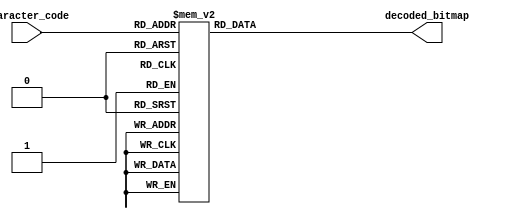
/* ------------------------------------------------ *
 * Title       : Pmod OLED decoders                 *
 * Project     : Pmod Collection                    *
 * ------------------------------------------------ *
 * Last Edit   : 17/06/2021                         *
 * Licence     : CERN-OHL-W                         *
 * ------------------------------------------------ *
 * Description : Simple interface to communicate    *
 *               with Pmod OLED                     *
 * ------------------------------------------------ */

/* ------------------------------------- *
 *            | row0 |
 *  8x8 char: |   :  |
 *            | row7 |
 * decoded_bitmap = {row0,row1,...,row7}
 * ------------------------------------- */
//* Converts a 8 bit code in to 8x8 bit array with ilimunated pixels high
module oled_decoder(
  input [7:0] character_code,
  output reg [63:0] decoded_bitmap);
  localparam    space = 8'h00,
          exclamation = 8'h01,
                 quot = 8'h02,
             hash_tag = 8'h03,
               dollar = 8'h04,
              percent = 8'h05,
            ampersand = 8'h06,
           apostrophe = 8'h07,
     parenthesis_open = 8'h08,
    parenthesis_close = 8'h09,
              asterix = 8'h0a,
                 plus = 8'h0b,
                comma = 8'h0c,
                minus = 8'h0d,
                  dot = 8'h0e,
                slash = 8'h0f,
                 zero = 8'h10,
                  one = 8'h11,
                  two = 8'h12,
                three = 8'h13,
                 four = 8'h14,
                 five = 8'h15,
                  six = 8'h16,
                seven = 8'h17,
                eight = 8'h18,
                 nine = 8'h19,
                colon = 8'h1a,
           semi_colon = 8'h1b,
          little_than = 8'h1c,
                equal = 8'h1d,
         greater_than = 8'h1e,
             question = 8'h1f,
              at_sign = 8'h20,
                A_cap = 8'h21,
                B_cap = 8'h22,
                C_cap = 8'h23,
                D_cap = 8'h24,
                E_cap = 8'h25,
                F_cap = 8'h26,
                G_cap = 8'h27,
                H_cap = 8'h28,
                I_cap = 8'h29,
                J_cap = 8'h2a,
                K_cap = 8'h2b,
                L_cap = 8'h2c,
                M_cap = 8'h2d,
                N_cap = 8'h2e,
                O_cap = 8'h2f,
                P_cap = 8'h30,
                Q_cap = 8'h31,
                R_cap = 8'h32,
                S_cap = 8'h33,
                T_cap = 8'h34,
                U_cap = 8'h35,
                V_cap = 8'h36,
                W_cap = 8'h37,
                X_cap = 8'h38,
                Y_cap = 8'h39,
                Z_cap = 8'h3a,
       square_br_open = 8'h3b,
            backslash = 8'h3c,
      square_br_close = 8'h3d,
                  hat = 8'h3e,
           underscore = 8'h3f,
            grave_acc = 8'h40,
                a_low = 8'h41,
                b_low = 8'h42,
                c_low = 8'h43,
                d_low = 8'h44,
                e_low = 8'h45,
                f_low = 8'h46,
                g_low = 8'h47,
                h_low = 8'h48,
                i_low = 8'h49,
                j_low = 8'h4a,
                k_low = 8'h4b,
                l_low = 8'h4c,
                m_low = 8'h4d,
                n_low = 8'h4e,
                o_low = 8'h4f,
                p_low = 8'h50,
                q_low = 8'h51,
                r_low = 8'h52,
                s_low = 8'h53,
                t_low = 8'h54,
                u_low = 8'h55,
                v_low = 8'h56,
                w_low = 8'h57,
                x_low = 8'h58,
                y_low = 8'h59,
                z_low = 8'h5a,
           curly_open = 8'h5b,
                v_bar = 8'h5c,
          curly_close = 8'h5d,
                tilde = 8'h5e,
               big_sq = 8'h5f,
                 euro = 8'h60,
                degre = 8'h61,
            softG_cap = 8'h62,
              Ind_cap = 8'h63,
             Udot_cap = 8'h64,
             Odot_cap = 8'h65,
              Aum_cap = 8'h66,
               Ch_cap = 8'h67,
              Sch_cap = 8'h68,
             Ahat_cap = 8'h69,
            softG_low = 8'h6a,
              Ind_low = 8'h6b,
             Udot_low = 8'h6c,
             Odot_low = 8'h6d,
              Aum_low = 8'h6e,
               Ch_low = 8'h6f,
              Sch_low = 8'h70,
             Ahat_low = 8'h71,
                   tm = 8'h72,
                pound = 8'h73,
               plusmn = 8'h74,
                micro = 8'h75,
               divide = 8'h76,
               hearth = 8'h77,
                happy = 8'h78,
              natural = 8'h79,
                  sad = 8'h7a,
               approx = 8'h7b,
                   pi = 8'h7c,
          arrow_right = 8'h7d,
           arrow_down = 8'h7e,
           arrow_left = 8'h7f,
             arrow_up = 8'h80,
             arrow_lr = 8'h81,
             arrow_ud = 8'h82,
             arrow_lu = 8'h83,
             arrow_ld = 8'h84,
             arrow_ru = 8'h85,
             arrow_rd = 8'h86,
            not_equal = 8'h87,
              p_bar_1 = 8'h88,
              p_bar_2 = 8'h89,
              p_bar_3 = 8'h8a,
              p_bar_4 = 8'h8b,
              p_bar_5 = 8'h8c,
              p_bar_6 = 8'h8d,
              p_bar_7 = 8'h8e,
              p_bar_8 = 8'h8f,
               stick0 = 8'h90,
              stick45 = 8'h91,
              stick90 = 8'h92,
             stick135 = 8'h93,
               anchor = 8'h94,
             sailboat = 8'h95,
                 play = 8'h96,
                pause = 8'h97,
          suit_hearth = 8'h98,
         suit_diamond = 8'h99,
             suit_cub = 8'h9a,
           suit_spade = 8'h9b;

  always@*
    /* 
     * character_code = {row0[7:0], row1[7:0], ... , row7[7:0]}
     * where row0 is the top row and row7 is the bottom row
     * rowN = {pix0, pix1, ..., pix7}
     * where pix0 is the leftmost pixel and pix7 is the rightmost pixel
     */
    case(character_code)
      suit_spade: decoded_bitmap = /* suit_spade */ {8'h0, 8'h8, 8'h1c, 8'h3e, 8'h7f, 8'h3e, 8'h8, 8'h1c};
      suit_cub: decoded_bitmap = /* suit_cub */ {8'h0, 8'h8, 8'h1c, 8'h2a, 8'h7f, 8'h2a, 8'h8, 8'h1c};
      suit_diamond: decoded_bitmap = /* suit_diamond */ {8'h0, 8'h0, 8'h8, 8'h1c, 8'h3e, 8'h1c, 8'h8, 8'h0};
      suit_hearth: decoded_bitmap = /* suit_hearth */ {8'h0, 8'h22, 8'h77, 8'h7f, 8'h3e, 8'h1c, 8'h8, 8'h0};
      pause: decoded_bitmap = /* pause */ {8'h0, 8'h66, 8'h66, 8'h66, 8'h66, 8'h66, 8'h66, 8'h0};
      play: decoded_bitmap = /* play */ {8'h0, 8'h40, 8'h70, 8'h7c, 8'h7e, 8'h7c, 8'h70, 8'h40};
      sailboat: decoded_bitmap = /* sailboat / */ {8'h10, 8'h18, 8'h1c, 8'h1e, 8'h1f, 8'h10, 8'hff, 8'h7e};
      anchor: decoded_bitmap = /* anchor / */ {8'h10, 8'h28, 8'h10, 8'h38, 8'h10, 8'h92, 8'h54, 8'h38};
      stick135: decoded_bitmap = /* thick / */ {8'h3, 8'h7, 8'he, 8'h1c, 8'h38, 8'h70, 8'he0, 8'hc0};
      stick90: decoded_bitmap = /* thick | */ {8'h18, 8'h18, 8'h18, 8'h18, 8'h18, 8'h18, 8'h18, 8'h18};
      stick45: decoded_bitmap = /* thick \ */ {8'hc0, 8'he0, 8'h70, 8'h38, 8'h1c, 8'he, 8'h7, 8'h3};
      stick0: decoded_bitmap = /* thick - */ {8'h0, 8'h0, 8'h0, 8'hff, 8'hff, 8'h0, 8'h0, 8'h0};
      p_bar_8: decoded_bitmap = /* p_bar */ {8'hff, 8'hff, 8'hff, 8'hff, 8'hff, 8'hff, 8'hff, 8'hff};
      p_bar_7: decoded_bitmap = /* p_bar */ {8'hfe, 8'hfe, 8'hfe, 8'hfe, 8'hfe, 8'hfe, 8'hfe, 8'hfe};
      p_bar_6: decoded_bitmap = /* p_bar */ {8'hfc, 8'hfc, 8'hfc, 8'hfc, 8'hfc, 8'hfc, 8'hfc, 8'hfc};
      p_bar_5: decoded_bitmap = /* p_bar */ {8'hf8, 8'hf8, 8'hf8, 8'hf8, 8'hf8, 8'hf8, 8'hf8, 8'hf8};
      p_bar_4: decoded_bitmap = /* p_bar */ {8'hf0, 8'hf0, 8'hf0, 8'hf0, 8'hf0, 8'hf0, 8'hf0, 8'hf0};
      p_bar_3: decoded_bitmap = /* p_bar */ {8'he0, 8'he0, 8'he0, 8'he0, 8'he0, 8'he0, 8'he0, 8'he0};
      p_bar_2: decoded_bitmap = /* p_bar */ {8'hc0, 8'hc0, 8'hc0, 8'hc0, 8'hc0, 8'hc0, 8'hc0, 8'hc0};
      p_bar_1: decoded_bitmap = /* p_bar */ {8'h80, 8'h80, 8'h80, 8'h80, 8'h80, 8'h80, 8'h80, 8'h80};
      not_equal: decoded_bitmap = /*  */ {8'h0, 8'h0, 8'h8, 8'h7c, 8'h10, 8'h7c, 8'h20, 8'h0};
      arrow_rd: decoded_bitmap = /*  */ {8'h80, 8'h40, 8'h20, 8'h10, 8'h9, 8'h5, 8'h3, 8'h1f};
      arrow_ld: decoded_bitmap = /*  */ {8'h1, 8'h2, 8'h4, 8'h88, 8'h90, 8'ha0, 8'hc0, 8'hf0};
      arrow_ru: decoded_bitmap = /*  */ {8'hf, 8'h3, 8'h5, 8'h9, 8'h11, 8'h20, 8'h40, 8'h80};
      arrow_lu: decoded_bitmap = /*  */ {8'hf8, 8'hc0, 8'ha0, 8'h90, 8'h8, 8'h4, 8'h2, 8'h1};
      arrow_ud: decoded_bitmap = /*  */ {8'h10, 8'h38, 8'h54, 8'h10, 8'h10, 8'h54, 8'h38, 8'h10};
      arrow_lr: decoded_bitmap = /*  */ {8'h0, 8'h0, 8'h24, 8'h42, 8'hff, 8'h42, 8'h24, 8'h0};
      pi: decoded_bitmap = /*  */ {8'h0, 8'h0, 8'h0, 8'h7e, 8'h24, 8'h24, 8'h22, 8'h0};
      arrow_up: decoded_bitmap = /*  */ {8'h10, 8'h38, 8'h54, 8'h10, 8'h10, 8'h10, 8'h10, 8'h10};
      arrow_left: decoded_bitmap = /*  */ {8'h0, 8'h0, 8'h20, 8'h40, 8'hff, 8'h40, 8'h20, 8'h0};
      arrow_down: decoded_bitmap = /*  */ {8'h10, 8'h10, 8'h10, 8'h10, 8'h10, 8'h54, 8'h38, 8'h10};
      arrow_right: decoded_bitmap = /*  */ {8'h0, 8'h0, 8'h4, 8'h2, 8'hff, 8'h2, 8'h4, 8'h0};
      approx: decoded_bitmap = /*  */ {8'h0, 8'h0, 8'h32, 8'h4c, 8'h0, 8'h32, 8'h4c, 8'h0};
      sad: decoded_bitmap = /* :( */ {8'h0, 8'h0, 8'h24, 8'h0, 8'h0, 8'h3c, 8'h42, 8'h0};
      natural: decoded_bitmap = /* :| */ {8'h0, 8'h0, 8'h24, 8'h0, 8'h0, 8'h3c, 8'h0, 8'h0};
      happy: decoded_bitmap = /* :) */ {8'h0, 8'h0, 8'h24, 8'h0, 8'h42, 8'h3c, 8'h0, 8'h0};
      hearth: decoded_bitmap = /* <3 */ {8'h0, 8'h0, 8'h66, 8'hff, 8'h7e, 8'h3c, 8'h18, 8'h0};
      divide: decoded_bitmap = /*  */ {8'h0, 8'h0, 8'h10, 8'h0, 8'h7c, 8'h0, 8'h10, 8'h0};
      micro: decoded_bitmap = /*  */ {8'h0, 8'h0, 8'h0, 8'h44, 8'h44, 8'h64, 8'h5a, 8'h40};
      plusmn: decoded_bitmap = /*  */ {8'h10, 8'h10, 8'h7c, 8'h10, 8'h10, 8'h0, 8'h7c, 8'h0};
      pound: decoded_bitmap = /*  */ {8'h38, 8'h44, 8'h40, 8'h48, 8'hf0, 8'h42, 8'hfc, 8'h0};
      tm: decoded_bitmap = /*  */ {8'hfb, 8'h55, 8'h51, 8'h0, 8'h0, 8'h0, 8'h0, 8'h0};
      Ahat_low: decoded_bitmap = /*  */ {8'h8, 8'h14, 8'h1c, 8'h2, 8'h1a, 8'h26, 8'h1a, 8'h0};
      Sch_low: decoded_bitmap = /*  */ {8'h0, 8'h0, 8'h1c, 8'h20, 8'h1c, 8'h2, 8'h1c, 8'h8};
      Ch_low: decoded_bitmap = /*  */ {8'h0, 8'h0, 8'h0, 8'h0, 8'h1c, 8'h20, 8'h1c, 8'h8};
      Aum_low: decoded_bitmap = /*  */ {8'h14, 8'h0, 8'h1c, 8'h2, 8'h1a, 8'h26, 8'h1a, 8'h0};
      Odot_low: decoded_bitmap = /*  */ {8'h0, 8'h24, 8'h0, 8'h18, 8'h24, 8'h24, 8'h18, 8'h0};
      Udot_low: decoded_bitmap = /*  */ {8'h0, 8'h0, 8'h28, 8'h0, 8'h28, 8'h28, 8'h18, 8'h0};
      Ind_low: decoded_bitmap = /*  */ {8'h0, 8'h0, 8'h0, 8'h38, 8'h10, 8'h10, 8'h38, 8'h0};
      softG_low: decoded_bitmap = /*  */ {8'h24, 8'h18, 8'h0, 8'h18, 8'h24, 8'h1c, 8'h4, 8'h18};
      Ahat_cap: decoded_bitmap = /*  */ {8'h3c, 8'h0, 8'h3c, 8'h42, 8'h7e, 8'h42, 8'h42, 8'h0};
      Sch_cap: decoded_bitmap = /*  */ {8'h3c, 8'h42, 8'h40, 8'h3c, 8'h2, 8'h3c, 8'h8, 8'h18};
      Ch_cap: decoded_bitmap = /*  */ {8'h3c, 8'h42, 8'h40, 8'h40, 8'h42, 8'h3c, 8'h8, 8'h18};
      Aum_cap: decoded_bitmap = /*  */ {8'h42, 8'h18, 8'h24, 8'h42, 8'h7e, 8'h42, 8'h42, 8'h0};
      Odot_cap: decoded_bitmap = /*  */ {8'h42, 8'h0, 8'h3c, 8'h42, 8'h42, 8'h42, 8'h3c, 8'h0};
      Udot_cap: decoded_bitmap = /*  */ {8'h42, 8'h0, 8'h42, 8'h42, 8'h42, 8'h42, 8'h3c, 8'h0};
      Ind_cap: decoded_bitmap = /*  */ {8'h10, 8'h0, 8'h38, 8'h10, 8'h10, 8'h10, 8'h38, 8'h0};
      softG_cap: decoded_bitmap = /*  */ {8'h38, 8'h3c, 8'h44, 8'h40, 8'h5c, 8'h44, 8'h3c, 8'h0};
      degre: decoded_bitmap = /*  */ {8'h20, 8'h50, 8'h20, 8'h0, 8'h0, 8'h0, 8'h0, 8'h0};
      euro: decoded_bitmap = /*  */ {8'h1c, 8'h22, 8'h20, 8'h78, 8'h20, 8'h78, 8'h22, 8'h1c};
      big_sq: decoded_bitmap = /* Square */ {8'hff, 8'hff, 8'hc3, 8'hc3, 8'hc3, 8'hc3, 8'hff, 8'hff};
      tilde: decoded_bitmap = /* ~ */ {8'h0, 8'h0, 8'h0, 8'h32, 8'h4c, 8'h0, 8'h0, 8'h0};
      curly_close: decoded_bitmap = /* } */ {8'h0, 8'h30, 8'h8, 8'h8, 8'h4, 8'h8, 8'h8, 8'h30};
      v_bar: decoded_bitmap = /* | */ {8'h0, 8'h8, 8'h8, 8'h8, 8'h8, 8'h8, 8'h8, 8'h0};
      curly_open: decoded_bitmap = /* { */ {8'h0, 8'hc, 8'h10, 8'h10, 8'h20, 8'h10, 8'h10, 8'hc};
      z_low: decoded_bitmap = /* z */ {8'h0, 8'h0, 8'h0, 8'h3c, 8'h8, 8'h10, 8'h3c, 8'h0};
      y_low: decoded_bitmap = /* y */ {8'h0, 8'h0, 8'h0, 8'h14, 8'h14, 8'hc, 8'h4, 8'h8};
      x_low: decoded_bitmap = /* x */ {8'h0, 8'h0, 8'h0, 8'h0, 8'h28, 8'h10, 8'h28, 8'h0};
      w_low: decoded_bitmap = /* w */ {8'h0, 8'h0, 8'h0, 8'h0, 8'h44, 8'h54, 8'h28, 8'h0};
      v_low: decoded_bitmap = /* v */ {8'h0, 8'h0, 8'h0, 8'h0, 8'h28, 8'h28, 8'h10, 8'h0};
      u_low: decoded_bitmap = /* u */ {8'h0, 8'h0, 8'h0, 8'h0, 8'h28, 8'h28, 8'h18, 8'h0};
      t_low: decoded_bitmap = /* t */ {8'h20, 8'h20, 8'h70, 8'h20, 8'h20, 8'h24, 8'h18, 8'h0};
      s_low: decoded_bitmap = /* s */ {8'h0, 8'h0, 8'h38, 8'h40, 8'h30, 8'h8, 8'h70, 8'h0};
      r_low: decoded_bitmap = /* r */ {8'h0, 8'h0, 8'h0, 8'h28, 8'h34, 8'h20, 8'h20, 8'h0};
      q_low: decoded_bitmap = /* q */ {8'h0, 8'h0, 8'h0, 8'h14, 8'h2c, 8'h14, 8'h4, 8'h4};
      p_low: decoded_bitmap = /* p */ {8'h0, 8'h0, 8'h0, 8'h28, 8'h34, 8'h28, 8'h20, 8'h20};
      o_low: decoded_bitmap = /* o */ {8'h0, 8'h0, 8'h0, 8'h18, 8'h24, 8'h24, 8'h18, 8'h0};
      n_low: decoded_bitmap = /* n */ {8'h0, 8'h0, 8'h0, 8'h0, 8'h30, 8'h28, 8'h6c, 8'h0};
      m_low: decoded_bitmap = /* m */ {8'h0, 8'h0, 8'h0, 8'h0, 8'h34, 8'h2a, 8'h6b, 8'h0};
      l_low: decoded_bitmap = /* l */ {8'h30, 8'h10, 8'h10, 8'h10, 8'h10, 8'h10, 8'h8, 8'h0};
      k_low: decoded_bitmap = /* k */ {8'h70, 8'h20, 8'h24, 8'h28, 8'h30, 8'h28, 8'h66, 8'h0};
      j_low: decoded_bitmap = /* j */ {8'h0, 8'h8, 8'h0, 8'h8, 8'h8, 8'h8, 8'h48, 8'h30};
      i_low: decoded_bitmap = /* i */ {8'h0, 8'h10, 8'h0, 8'h38, 8'h10, 8'h10, 8'h38, 8'h0};
      h_low: decoded_bitmap = /* h */ {8'h60, 8'h20, 8'h20, 8'h38, 8'h24, 8'h24, 8'h66, 8'h0};
      g_low: decoded_bitmap = /* g */ {8'h0, 8'h0, 8'h0, 8'h18, 8'h24, 8'h1c, 8'h44, 8'h38};
      f_low: decoded_bitmap = /* f */ {8'h0, 8'h0, 8'h8, 8'h14, 8'h10, 8'h38, 8'h10, 8'h38};
      e_low: decoded_bitmap = /* e */ {8'h0, 8'h0, 8'h1c, 8'h24, 8'h3c, 8'h20, 8'h18, 8'h0};
      d_low: decoded_bitmap = /* d */ {8'h2, 8'h2, 8'h2, 8'h1a, 8'h26, 8'h26, 8'h1a, 8'h0};
      c_low: decoded_bitmap = /* c */ {8'h0, 8'h0, 8'h0, 8'h18, 8'h20, 8'h20, 8'h18, 8'h0};
      b_low: decoded_bitmap = /* b */ {8'h20, 8'h20, 8'h20, 8'h2c, 8'h32, 8'h32, 8'h2c, 8'h0};
      a_low: decoded_bitmap = /* a */ {8'h0, 8'h0, 8'h1c, 8'h2, 8'h1a, 8'h26, 8'h1a, 8'h0};
      grave_acc: decoded_bitmap = /* ` */ {8'h20, 8'h10, 8'h0, 8'h0, 8'h0, 8'h0, 8'h0, 8'h0};
      underscore: decoded_bitmap = /* _ */ {8'h0, 8'h0, 8'h0, 8'h0, 8'h0, 8'h0, 8'h7e, 8'h0};
      hat: decoded_bitmap = /* ^ */ {8'h0, 8'h0, 8'h10, 8'h28, 8'h44, 8'h0, 8'h0, 8'h0};
      square_br_close: decoded_bitmap = /* ] */ {8'h0, 8'h38, 8'h8, 8'h8, 8'h8, 8'h8, 8'h38, 8'h0};
      backslash: decoded_bitmap = /* \ */ {8'h0, 8'h40, 8'h20, 8'h10, 8'h8, 8'h4, 8'h2, 8'h0};
      square_br_open: decoded_bitmap = /* [ */ {8'h0, 8'h1c, 8'h10, 8'h10, 8'h10, 8'h10, 8'h1c, 8'h0};
      Z_cap: decoded_bitmap = /* Z */ {8'h7e, 8'h42, 8'h4, 8'h8, 8'h10, 8'h22, 8'h7e, 8'h0};
      Y_cap: decoded_bitmap = /* Y */ {8'hc6, 8'h44, 8'h28, 8'h10, 8'h10, 8'h10, 8'h10, 8'h0};
      X_cap: decoded_bitmap = /* X */ {8'hc6, 8'h44, 8'h28, 8'h10, 8'h28, 8'h44, 8'hc6, 8'h0};
      W_cap: decoded_bitmap = /* W */ {8'hee, 8'h44, 8'h44, 8'h44, 8'h54, 8'h54, 8'h28, 8'h0};
      V_cap: decoded_bitmap = /* V */ {8'he7, 8'h42, 8'h42, 8'h24, 8'h24, 8'h24, 8'h18, 8'h0};
      U_cap: decoded_bitmap = /* U */ {8'h42, 8'h42, 8'h42, 8'h42, 8'h42, 8'h42, 8'h3c, 8'h0};
      T_cap: decoded_bitmap = /* T */ {8'hfe, 8'h92, 8'h10, 8'h10, 8'h10, 8'h10, 8'h38, 8'h0};
      S_cap: decoded_bitmap = /* S */ {8'h3c, 8'h42, 8'h40, 8'h40, 8'h3c, 8'h2, 8'h42, 8'h3c};
      R_cap: decoded_bitmap = /* R */ {8'h38, 8'h24, 8'h24, 8'h38, 8'h28, 8'h24, 8'h76, 8'h0};
      Q_cap: decoded_bitmap = /* Q */ {8'h38, 8'h44, 8'h44, 8'h44, 8'h44, 8'h44, 8'h38, 8'h6};
      P_cap: decoded_bitmap = /* P */ {8'h38, 8'h24, 8'h24, 8'h38, 8'h20, 8'h20, 8'h70, 8'h0};
      O_cap: decoded_bitmap = /* O */ {8'h3c, 8'h42, 8'h42, 8'h42, 8'h42, 8'h42, 8'h3c, 8'h0};
      N_cap: decoded_bitmap = /* N */ {8'h47, 8'h62, 8'h52, 8'h5a, 8'h4a, 8'h46, 8'he2, 8'h0};
      M_cap: decoded_bitmap = /* M */ {8'h42, 8'h66, 8'h5a, 8'h42, 8'h42, 8'h42, 8'he7, 8'h0};
      L_cap: decoded_bitmap = /* L */ {8'h40, 8'h40, 8'h40, 8'h40, 8'h40, 8'h40, 8'h7c, 8'h0};
      K_cap: decoded_bitmap = /* K */ {8'h44, 8'h48, 8'h50, 8'h60, 8'h50, 8'h48, 8'h44, 8'h0};
      J_cap: decoded_bitmap = /* J */ {8'h18, 8'h8, 8'h8, 8'h8, 8'h8, 8'h48, 8'h30, 8'h0};
      I_cap: decoded_bitmap = /* I */ {8'h38, 8'h10, 8'h10, 8'h10, 8'h10, 8'h10, 8'h38, 8'h0};
      H_cap: decoded_bitmap = /* H */ {8'h44, 8'h44, 8'h44, 8'h7c, 8'h44, 8'h44, 8'h44, 8'h0};
      G_cap: decoded_bitmap = /* G */ {8'h38, 8'h44, 8'h40, 8'h5c, 8'h44, 8'h44, 8'h3c, 8'h0};
      F_cap: decoded_bitmap = /* F */ {8'h7c, 8'h40, 8'h40, 8'h7c, 8'h40, 8'h40, 8'h40, 8'h0};
      E_cap: decoded_bitmap = /* E */ {8'h7c, 8'h40, 8'h40, 8'h7c, 8'h40, 8'h40, 8'h7c, 8'h0};
      D_cap: decoded_bitmap = /* D */ {8'h7c, 8'h42, 8'h42, 8'h42, 8'h42, 8'h42, 8'h7c, 8'h0};
      C_cap: decoded_bitmap = /* C */ {8'h3c, 8'h42, 8'h40, 8'h40, 8'h40, 8'h42, 8'h3c, 8'h0};
      B_cap: decoded_bitmap = /* B */ {8'h78, 8'h44, 8'h44, 8'h78, 8'h44, 8'h44, 8'h78, 8'h0};
      A_cap: decoded_bitmap = /* A */ {8'h18, 8'h24, 8'h42, 8'h7e, 8'h42, 8'h42, 8'he7, 8'h0};
      colon: decoded_bitmap = /* : */ {8'h0, 8'h0, 8'h0, 8'h0, 8'h10, 8'h0, 8'h10, 8'h0};
      semi_colon: decoded_bitmap = /* ; */ {8'h0, 8'h0, 8'h0, 8'h0, 8'h10, 8'h0, 8'h10, 8'h20};
      little_than: decoded_bitmap = /* < */ {8'h0, 8'h0, 8'h6, 8'h18, 8'h60, 8'h18, 8'h6, 8'h0};
      equal: decoded_bitmap = /* = */ {8'h0, 8'h0, 8'h0, 8'h3c, 8'h0, 8'h3c, 8'h0, 8'h0};
      greater_than: decoded_bitmap = /* > */ {8'h0, 8'h0, 8'h60, 8'h18, 8'h6, 8'h18, 8'h60, 8'h0};
      question: decoded_bitmap = /* ? */ {8'h1c, 8'h22, 8'h2, 8'h4, 8'h8, 8'h0, 8'h8, 8'h0};
      at_sign: decoded_bitmap = /* @ */ {8'h0, 8'h1c, 8'h22, 8'h4a, 8'h56, 8'h4e, 8'h20, 8'h18};
      space: decoded_bitmap = /* Space */ {8'h00,8'h00,8'h00,8'h00,8'h00,8'h00,8'h00,8'h00};
      exclamation: decoded_bitmap = /*   !   */ {8'h00,8'h10,8'h10,8'h10,8'h10,8'h00,8'h10,8'h00};
      quot: decoded_bitmap = /*   "   */ {8'h28,8'h28,8'h28,8'h00,8'h00,8'h00,8'h00,8'h00};
      hash_tag: decoded_bitmap = /*   #   */ {8'h24,8'h24,8'hff,8'h24,8'h24,8'hff,8'h24,8'h24};
      dollar: decoded_bitmap = /*   $   */ {8'h08, 8'h1c, 8'h2a, 8'h28, 8'h1c, 8'h0a, 8'h2a, 8'h1c};
      percent: decoded_bitmap = /*   %   */ {8'h60, 8'h92, 8'h64, 8'h08, 8'h10, 8'h26, 8'h49, 8'h06};
      ampersand: decoded_bitmap = /*   &   */ {8'h00,8'h18,8'h24,8'h24,8'h18,8'h2a,8'h24,8'h1a};
      apostrophe: decoded_bitmap = /*   '   */ {8'h08,8'h08,8'h08,8'h00,8'h00,8'h00,8'h00,8'h00};
      parenthesis_open: decoded_bitmap = /*   (   */ {8'h00,8'h08,8'h10,8'h10,8'h10,8'h10,8'h08,8'h00};
      parenthesis_close: decoded_bitmap = /*   )   */ {8'h00,8'h10,8'h08,8'h08,8'h08,8'h08,8'h10,8'h00};
      asterix: decoded_bitmap = /*   *   */ {8'h0, 8'h0, 8'h10, 8'h54, 8'h38, 8'h54, 8'h10, 8'h0};
      plus: decoded_bitmap = /*   +   */ {8'h0, 8'h0, 8'h8, 8'h8, 8'h3e, 8'h8, 8'h8, 8'h0};
      comma: decoded_bitmap = /*   ,   */ {8'h0, 8'h0, 8'h0, 8'h0, 8'h0, 8'h0, 8'h8, 8'h18};
      minus: decoded_bitmap = /*   -   */ {8'h0, 8'h0, 8'h0, 8'h0, 8'h3c, 8'h0, 8'h0, 8'h0};
      dot: decoded_bitmap = /*   .   */ {8'h0, 8'h0, 8'h0, 8'h0, 8'h0, 8'h0, 8'h10, 8'h0};
      slash: decoded_bitmap = /*   /   */ {8'h0, 8'h4, 8'h8, 8'h8, 8'h10, 8'h10, 8'h20, 8'h0};
      zero: decoded_bitmap = /*   0   */ {8'h3c, 8'h42, 8'h62, 8'h52, 8'h4a, 8'h46, 8'h42, 8'h3c};
      one: decoded_bitmap = /*   1   */ {8'h18, 8'h28, 8'h8, 8'h8, 8'h8, 8'h8, 8'h8, 8'h3e};
      two: decoded_bitmap = /*   2   */ {8'h3c, 8'h42, 8'h2, 8'h4, 8'h8, 8'h10, 8'h20, 8'h7e};
      three: decoded_bitmap = /*   3   */ {8'h3c, 8'h42, 8'h2, 8'h6, 8'h3c, 8'h6, 8'h42, 8'h3c};
      four: decoded_bitmap = /*   4   */ {8'h4, 8'hc, 8'h14, 8'h24, 8'h44, 8'h7e, 8'h4, 8'h4};
      five: decoded_bitmap = /*   5   */ {8'h7e, 8'h40, 8'h40, 8'h7c, 8'h2, 8'h2, 8'h2, 8'h7c};
      six: decoded_bitmap = /*   6   */ {8'h3c, 8'h42, 8'h40, 8'h5c, 8'h62, 8'h42, 8'h42, 8'h3c};
      seven: decoded_bitmap = /*   7   */ {8'h7e, 8'h2, 8'h2, 8'h4, 8'h8, 8'h10, 8'h20, 8'h40};
      eight: decoded_bitmap = /*   8   */ {8'h3c, 8'h42, 8'h42, 8'h42, 8'h3c, 8'h42, 8'h42, 8'h3c};
      nine: decoded_bitmap = /*   9   */ {8'h3c, 8'h42, 8'h42, 8'h46, 8'h3a, 8'h2, 8'h42, 8'h3c};
      default: decoded_bitmap = 64'h0;
    endcase
endmodule

/* ------------------------------------- *
 *            | row0 |
 *  8x8 char: |   :  |
 *            | row7 |
 * decoded_bitmap = {row0,row1,...,row7}
 * ------------------------------------- */
//* Converts a 8 bit code in to 8x8 bit array with ilimunated pixels high
module oled_decoder_ascii(
  input [7:0] character_code,
  output reg [63:0] decoded_bitmap);
  localparam    space = 8'h20,
          exclamation = 8'h21,
                 quot = 8'h22,
             hash_tag = 8'h23,
               dollar = 8'h24,
              percent = 8'h25,
            ampersand = 8'h26,
           apostrophe = 8'h27,
     parenthesis_open = 8'h28,
    parenthesis_close = 8'h29,
              asterix = 8'h2a,
                 plus = 8'h2b,
                comma = 8'h2c,
                minus = 8'h2d,
                  dot = 8'h2e,
                slash = 8'h2f,
                 zero = 8'h30,
                  one = 8'h31,
                  two = 8'h32,
                three = 8'h33,
                 four = 8'h34,
                 five = 8'h35,
                  six = 8'h36,
                seven = 8'h37,
                eight = 8'h38,
                 nine = 8'h39,
                colon = 8'h3a,
           semi_colon = 8'h3b,
          little_than = 8'h3c,
                equal = 8'h3d,
         greater_than = 8'h3e,
             question = 8'h3f,
              at_sign = 8'h40,
                A_cap = 8'h41,
                B_cap = 8'h42,
                C_cap = 8'h43,
                D_cap = 8'h44,
                E_cap = 8'h45,
                F_cap = 8'h46,
                G_cap = 8'h47,
                H_cap = 8'h48,
                I_cap = 8'h49,
                J_cap = 8'h4a,
                K_cap = 8'h4b,
                L_cap = 8'h4c,
                M_cap = 8'h4d,
                N_cap = 8'h4e,
                O_cap = 8'h4f,
                P_cap = 8'h50,
                Q_cap = 8'h51,
                R_cap = 8'h52,
                S_cap = 8'h53,
                T_cap = 8'h54,
                U_cap = 8'h55,
                V_cap = 8'h56,
                W_cap = 8'h57,
                X_cap = 8'h58,
                Y_cap = 8'h59,
                Z_cap = 8'h5a,
       square_br_open = 8'h5b,
            backslash = 8'h5c,
      square_br_close = 8'h5d,
                  hat = 8'h5e,
           underscore = 8'h5f,
            grave_acc = 8'h60,
                a_low = 8'h61,
                b_low = 8'h62,
                c_low = 8'h63,
                d_low = 8'h64,
                e_low = 8'h65,
                f_low = 8'h66,
                g_low = 8'h67,
                h_low = 8'h68,
                i_low = 8'h69,
                j_low = 8'h6a,
                k_low = 8'h6b,
                l_low = 8'h6c,
                m_low = 8'h6d,
                n_low = 8'h6e,
                o_low = 8'h6f,
                p_low = 8'h70,
                q_low = 8'h71,
                r_low = 8'h72,
                s_low = 8'h73,
                t_low = 8'h74,
                u_low = 8'h75,
                v_low = 8'h76,
                w_low = 8'h77,
                x_low = 8'h78,
                y_low = 8'h79,
                z_low = 8'h7a,
           curly_open = 8'h7b,
                v_bar = 8'h7c,
          curly_close = 8'h7d,
                tilde = 8'h7e,
               big_sq = 8'h7f,
               Ch_cap = 8'd128,
             Udot_low = 8'd129,
             Ahat_low = 8'd131,
               Ch_low = 8'd135,
              Aum_cap = 8'd142,
             Odot_low = 8'd148,
             Odot_cap = 8'd153,
             Udot_cap = 8'd154,
                pound = 8'd156,
                degre = 8'd167,
              p_bar_6 = 8'd219,
              p_bar_3 = 8'd221,
                   pi = 8'd227,
                micro = 8'd230,
               plusmn = 8'd241,
               divide = 8'd246,
               approx = 8'd247;

  always@*
    /* 
     * character_code = {row0[7:0], row1[7:0], ... , row7[7:0]}
     * where row0 is the top row and row7 is the bottom row
     * rowN = {pix0, pix1, ..., pix7}
     * where pix0 is the leftmost pixel and pix7 is the rightmost pixel
     */
    case(character_code)
      p_bar_6: decoded_bitmap = /* p_bar */ {8'hfc, 8'hfc, 8'hfc, 8'hfc, 8'hfc, 8'hfc, 8'hfc, 8'hfc};
      p_bar_3: decoded_bitmap = /* p_bar */ {8'he0, 8'he0, 8'he0, 8'he0, 8'he0, 8'he0, 8'he0, 8'he0};
      pi: decoded_bitmap = /*  */ {8'h0, 8'h0, 8'h0, 8'h7e, 8'h24, 8'h24, 8'h22, 8'h0};
      approx: decoded_bitmap = /*  */ {8'h0, 8'h0, 8'h32, 8'h4c, 8'h0, 8'h32, 8'h4c, 8'h0};
      divide: decoded_bitmap = /*  */ {8'h0, 8'h0, 8'h10, 8'h0, 8'h7c, 8'h0, 8'h10, 8'h0};
      micro: decoded_bitmap = /*  */ {8'h0, 8'h0, 8'h0, 8'h44, 8'h44, 8'h64, 8'h5a, 8'h40};
      plusmn: decoded_bitmap = /*  */ {8'h10, 8'h10, 8'h7c, 8'h10, 8'h10, 8'h0, 8'h7c, 8'h0};
      pound: decoded_bitmap = /*  */ {8'h38, 8'h44, 8'h40, 8'h48, 8'hf0, 8'h42, 8'hfc, 8'h0};
      Ahat_low: decoded_bitmap = /*  */ {8'h8, 8'h14, 8'h1c, 8'h2, 8'h1a, 8'h26, 8'h1a, 8'h0};
      Ch_low: decoded_bitmap = /*  */ {8'h0, 8'h0, 8'h0, 8'h0, 8'h1c, 8'h20, 8'h1c, 8'h8};
      Odot_low: decoded_bitmap = /*  */ {8'h0, 8'h24, 8'h0, 8'h18, 8'h24, 8'h24, 8'h18, 8'h0};
      Udot_low: decoded_bitmap = /*  */ {8'h0, 8'h0, 8'h28, 8'h0, 8'h28, 8'h28, 8'h18, 8'h0};
      Ch_cap: decoded_bitmap = /*  */ {8'h3c, 8'h42, 8'h40, 8'h40, 8'h42, 8'h3c, 8'h8, 8'h18};
      Aum_cap: decoded_bitmap = /*  */ {8'h42, 8'h18, 8'h24, 8'h42, 8'h7e, 8'h42, 8'h42, 8'h0};
      Odot_cap: decoded_bitmap = /*  */ {8'h42, 8'h0, 8'h3c, 8'h42, 8'h42, 8'h42, 8'h3c, 8'h0};
      Udot_cap: decoded_bitmap = /*  */ {8'h42, 8'h0, 8'h42, 8'h42, 8'h42, 8'h42, 8'h3c, 8'h0};
      degre: decoded_bitmap = /*  */ {8'h20, 8'h50, 8'h20, 8'h0, 8'h0, 8'h0, 8'h0, 8'h0};
      big_sq: decoded_bitmap = /* Square */ {8'hff, 8'hff, 8'hc3, 8'hc3, 8'hc3, 8'hc3, 8'hff, 8'hff};
      tilde: decoded_bitmap = /* ~ */ {8'h0, 8'h0, 8'h0, 8'h32, 8'h4c, 8'h0, 8'h0, 8'h0};
      curly_close: decoded_bitmap = /* } */ {8'h0, 8'h30, 8'h8, 8'h8, 8'h4, 8'h8, 8'h8, 8'h30};
      v_bar: decoded_bitmap = /* | */ {8'h0, 8'h8, 8'h8, 8'h8, 8'h8, 8'h8, 8'h8, 8'h0};
      curly_open: decoded_bitmap = /* { */ {8'h0, 8'hc, 8'h10, 8'h10, 8'h20, 8'h10, 8'h10, 8'hc};
      z_low: decoded_bitmap = /* z */ {8'h0, 8'h0, 8'h0, 8'h3c, 8'h8, 8'h10, 8'h3c, 8'h0};
      y_low: decoded_bitmap = /* y */ {8'h0, 8'h0, 8'h0, 8'h14, 8'h14, 8'hc, 8'h4, 8'h8};
      x_low: decoded_bitmap = /* x */ {8'h0, 8'h0, 8'h0, 8'h0, 8'h28, 8'h10, 8'h28, 8'h0};
      w_low: decoded_bitmap = /* w */ {8'h0, 8'h0, 8'h0, 8'h0, 8'h44, 8'h54, 8'h28, 8'h0};
      v_low: decoded_bitmap = /* v */ {8'h0, 8'h0, 8'h0, 8'h0, 8'h28, 8'h28, 8'h10, 8'h0};
      u_low: decoded_bitmap = /* u */ {8'h0, 8'h0, 8'h0, 8'h0, 8'h28, 8'h28, 8'h18, 8'h0};
      t_low: decoded_bitmap = /* t */ {8'h20, 8'h20, 8'h70, 8'h20, 8'h20, 8'h24, 8'h18, 8'h0};
      s_low: decoded_bitmap = /* s */ {8'h0, 8'h0, 8'h38, 8'h40, 8'h30, 8'h8, 8'h70, 8'h0};
      r_low: decoded_bitmap = /* r */ {8'h0, 8'h0, 8'h0, 8'h28, 8'h34, 8'h20, 8'h20, 8'h0};
      q_low: decoded_bitmap = /* q */ {8'h0, 8'h0, 8'h0, 8'h14, 8'h2c, 8'h14, 8'h4, 8'h4};
      p_low: decoded_bitmap = /* p */ {8'h0, 8'h0, 8'h0, 8'h28, 8'h34, 8'h28, 8'h20, 8'h20};
      o_low: decoded_bitmap = /* o */ {8'h0, 8'h0, 8'h0, 8'h18, 8'h24, 8'h24, 8'h18, 8'h0};
      n_low: decoded_bitmap = /* n */ {8'h0, 8'h0, 8'h0, 8'h0, 8'h30, 8'h28, 8'h6c, 8'h0};
      m_low: decoded_bitmap = /* m */ {8'h0, 8'h0, 8'h0, 8'h0, 8'h34, 8'h2a, 8'h6b, 8'h0};
      l_low: decoded_bitmap = /* l */ {8'h30, 8'h10, 8'h10, 8'h10, 8'h10, 8'h10, 8'h8, 8'h0};
      k_low: decoded_bitmap = /* k */ {8'h70, 8'h20, 8'h24, 8'h28, 8'h30, 8'h28, 8'h66, 8'h0};
      j_low: decoded_bitmap = /* j */ {8'h0, 8'h8, 8'h0, 8'h8, 8'h8, 8'h8, 8'h48, 8'h30};
      i_low: decoded_bitmap = /* i */ {8'h0, 8'h10, 8'h0, 8'h38, 8'h10, 8'h10, 8'h38, 8'h0};
      h_low: decoded_bitmap = /* h */ {8'h60, 8'h20, 8'h20, 8'h38, 8'h24, 8'h24, 8'h66, 8'h0};
      g_low: decoded_bitmap = /* g */ {8'h0, 8'h0, 8'h0, 8'h18, 8'h24, 8'h1c, 8'h44, 8'h38};
      f_low: decoded_bitmap = /* f */ {8'h0, 8'h0, 8'h8, 8'h14, 8'h10, 8'h38, 8'h10, 8'h38};
      e_low: decoded_bitmap = /* e */ {8'h0, 8'h0, 8'h1c, 8'h24, 8'h3c, 8'h20, 8'h18, 8'h0};
      d_low: decoded_bitmap = /* d */ {8'h2, 8'h2, 8'h2, 8'h1a, 8'h26, 8'h26, 8'h1a, 8'h0};
      c_low: decoded_bitmap = /* c */ {8'h0, 8'h0, 8'h0, 8'h18, 8'h20, 8'h20, 8'h18, 8'h0};
      b_low: decoded_bitmap = /* b */ {8'h20, 8'h20, 8'h20, 8'h2c, 8'h32, 8'h32, 8'h2c, 8'h0};
      a_low: decoded_bitmap = /* a */ {8'h0, 8'h0, 8'h1c, 8'h2, 8'h1a, 8'h26, 8'h1a, 8'h0};
      grave_acc: decoded_bitmap = /* ` */ {8'h20, 8'h10, 8'h0, 8'h0, 8'h0, 8'h0, 8'h0, 8'h0};
      underscore: decoded_bitmap = /* _ */ {8'h0, 8'h0, 8'h0, 8'h0, 8'h0, 8'h0, 8'h7e, 8'h0};
      hat: decoded_bitmap = /* ^ */ {8'h0, 8'h0, 8'h10, 8'h28, 8'h44, 8'h0, 8'h0, 8'h0};
      square_br_close: decoded_bitmap = /* ] */ {8'h0, 8'h38, 8'h8, 8'h8, 8'h8, 8'h8, 8'h38, 8'h0};
      backslash: decoded_bitmap = /* \ */ {8'h0, 8'h40, 8'h20, 8'h10, 8'h8, 8'h4, 8'h2, 8'h0};
      square_br_open: decoded_bitmap = /* [ */ {8'h0, 8'h1c, 8'h10, 8'h10, 8'h10, 8'h10, 8'h1c, 8'h0};
      Z_cap: decoded_bitmap = /* Z */ {8'h7e, 8'h42, 8'h4, 8'h8, 8'h10, 8'h22, 8'h7e, 8'h0};
      Y_cap: decoded_bitmap = /* Y */ {8'hc6, 8'h44, 8'h28, 8'h10, 8'h10, 8'h10, 8'h10, 8'h0};
      X_cap: decoded_bitmap = /* X */ {8'hc6, 8'h44, 8'h28, 8'h10, 8'h28, 8'h44, 8'hc6, 8'h0};
      W_cap: decoded_bitmap = /* W */ {8'hee, 8'h44, 8'h44, 8'h44, 8'h54, 8'h54, 8'h28, 8'h0};
      V_cap: decoded_bitmap = /* V */ {8'he7, 8'h42, 8'h42, 8'h24, 8'h24, 8'h24, 8'h18, 8'h0};
      U_cap: decoded_bitmap = /* U */ {8'h42, 8'h42, 8'h42, 8'h42, 8'h42, 8'h42, 8'h3c, 8'h0};
      T_cap: decoded_bitmap = /* T */ {8'hfe, 8'h92, 8'h10, 8'h10, 8'h10, 8'h10, 8'h38, 8'h0};
      S_cap: decoded_bitmap = /* S */ {8'h3c, 8'h42, 8'h40, 8'h40, 8'h3c, 8'h2, 8'h42, 8'h3c};
      R_cap: decoded_bitmap = /* R */ {8'h38, 8'h24, 8'h24, 8'h38, 8'h28, 8'h24, 8'h76, 8'h0};
      Q_cap: decoded_bitmap = /* Q */ {8'h38, 8'h44, 8'h44, 8'h44, 8'h44, 8'h44, 8'h38, 8'h6};
      P_cap: decoded_bitmap = /* P */ {8'h38, 8'h24, 8'h24, 8'h38, 8'h20, 8'h20, 8'h70, 8'h0};
      O_cap: decoded_bitmap = /* O */ {8'h3c, 8'h42, 8'h42, 8'h42, 8'h42, 8'h42, 8'h3c, 8'h0};
      N_cap: decoded_bitmap = /* N */ {8'h47, 8'h62, 8'h52, 8'h5a, 8'h4a, 8'h46, 8'he2, 8'h0};
      M_cap: decoded_bitmap = /* M */ {8'h42, 8'h66, 8'h5a, 8'h42, 8'h42, 8'h42, 8'he7, 8'h0};
      L_cap: decoded_bitmap = /* L */ {8'h40, 8'h40, 8'h40, 8'h40, 8'h40, 8'h40, 8'h7c, 8'h0};
      K_cap: decoded_bitmap = /* K */ {8'h44, 8'h48, 8'h50, 8'h60, 8'h50, 8'h48, 8'h44, 8'h0};
      J_cap: decoded_bitmap = /* J */ {8'h18, 8'h8, 8'h8, 8'h8, 8'h8, 8'h48, 8'h30, 8'h0};
      I_cap: decoded_bitmap = /* I */ {8'h38, 8'h10, 8'h10, 8'h10, 8'h10, 8'h10, 8'h38, 8'h0};
      H_cap: decoded_bitmap = /* H */ {8'h44, 8'h44, 8'h44, 8'h7c, 8'h44, 8'h44, 8'h44, 8'h0};
      G_cap: decoded_bitmap = /* G */ {8'h38, 8'h44, 8'h40, 8'h5c, 8'h44, 8'h44, 8'h3c, 8'h0};
      F_cap: decoded_bitmap = /* F */ {8'h7c, 8'h40, 8'h40, 8'h7c, 8'h40, 8'h40, 8'h40, 8'h0};
      E_cap: decoded_bitmap = /* E */ {8'h7c, 8'h40, 8'h40, 8'h7c, 8'h40, 8'h40, 8'h7c, 8'h0};
      D_cap: decoded_bitmap = /* D */ {8'h7c, 8'h42, 8'h42, 8'h42, 8'h42, 8'h42, 8'h7c, 8'h0};
      C_cap: decoded_bitmap = /* C */ {8'h3c, 8'h42, 8'h40, 8'h40, 8'h40, 8'h42, 8'h3c, 8'h0};
      B_cap: decoded_bitmap = /* B */ {8'h78, 8'h44, 8'h44, 8'h78, 8'h44, 8'h44, 8'h78, 8'h0};
      A_cap: decoded_bitmap = /* A */ {8'h18, 8'h24, 8'h42, 8'h7e, 8'h42, 8'h42, 8'he7, 8'h0};
      colon: decoded_bitmap = /* : */ {8'h0, 8'h0, 8'h0, 8'h0, 8'h10, 8'h0, 8'h10, 8'h0};
      semi_colon: decoded_bitmap = /* ; */ {8'h0, 8'h0, 8'h0, 8'h0, 8'h10, 8'h0, 8'h10, 8'h20};
      little_than: decoded_bitmap = /* < */ {8'h0, 8'h0, 8'h6, 8'h18, 8'h60, 8'h18, 8'h6, 8'h0};
      equal: decoded_bitmap = /* = */ {8'h0, 8'h0, 8'h0, 8'h3c, 8'h0, 8'h3c, 8'h0, 8'h0};
      greater_than: decoded_bitmap = /* > */ {8'h0, 8'h0, 8'h60, 8'h18, 8'h6, 8'h18, 8'h60, 8'h0};
      question: decoded_bitmap = /* ? */ {8'h1c, 8'h22, 8'h2, 8'h4, 8'h8, 8'h0, 8'h8, 8'h0};
      at_sign: decoded_bitmap = /* @ */ {8'h0, 8'h1c, 8'h22, 8'h4a, 8'h56, 8'h4e, 8'h20, 8'h18};
      space: decoded_bitmap = /* Space */ {8'h00,8'h00,8'h00,8'h00,8'h00,8'h00,8'h00,8'h00};
      exclamation: decoded_bitmap = /*   !   */ {8'h00,8'h10,8'h10,8'h10,8'h10,8'h00,8'h10,8'h00};
      quot: decoded_bitmap = /*   "   */ {8'h28,8'h28,8'h28,8'h00,8'h00,8'h00,8'h00,8'h00};
      hash_tag: decoded_bitmap = /*   #   */ {8'h24,8'h24,8'hff,8'h24,8'h24,8'hff,8'h24,8'h24};
      dollar: decoded_bitmap = /*   $   */ {8'h08, 8'h1c, 8'h2a, 8'h28, 8'h1c, 8'h0a, 8'h2a, 8'h1c};
      percent: decoded_bitmap = /*   %   */ {8'h60, 8'h92, 8'h64, 8'h08, 8'h10, 8'h26, 8'h49, 8'h06};
      ampersand: decoded_bitmap = /*   &   */ {8'h00,8'h18,8'h24,8'h24,8'h18,8'h2a,8'h24,8'h1a};
      apostrophe: decoded_bitmap = /*   '   */ {8'h08,8'h08,8'h08,8'h00,8'h00,8'h00,8'h00,8'h00};
      parenthesis_open: decoded_bitmap = /*   (   */ {8'h00,8'h08,8'h10,8'h10,8'h10,8'h10,8'h08,8'h00};
      parenthesis_close: decoded_bitmap = /*   )   */ {8'h00,8'h10,8'h08,8'h08,8'h08,8'h08,8'h10,8'h00};
      asterix: decoded_bitmap = /*   *   */ {8'h0, 8'h0, 8'h10, 8'h54, 8'h38, 8'h54, 8'h10, 8'h0};
      plus: decoded_bitmap = /*   +   */ {8'h0, 8'h0, 8'h8, 8'h8, 8'h3e, 8'h8, 8'h8, 8'h0};
      comma: decoded_bitmap = /*   ,   */ {8'h0, 8'h0, 8'h0, 8'h0, 8'h0, 8'h0, 8'h8, 8'h18};
      minus: decoded_bitmap = /*   -   */ {8'h0, 8'h0, 8'h0, 8'h0, 8'h3c, 8'h0, 8'h0, 8'h0};
      dot: decoded_bitmap = /*   .   */ {8'h0, 8'h0, 8'h0, 8'h0, 8'h0, 8'h0, 8'h10, 8'h0};
      slash: decoded_bitmap = /*   /   */ {8'h0, 8'h4, 8'h8, 8'h8, 8'h10, 8'h10, 8'h20, 8'h0};
      zero: decoded_bitmap = /*   0   */ {8'h3c, 8'h42, 8'h62, 8'h52, 8'h4a, 8'h46, 8'h42, 8'h3c};
      one: decoded_bitmap = /*   1   */ {8'h18, 8'h28, 8'h8, 8'h8, 8'h8, 8'h8, 8'h8, 8'h3e};
      two: decoded_bitmap = /*   2   */ {8'h3c, 8'h42, 8'h2, 8'h4, 8'h8, 8'h10, 8'h20, 8'h7e};
      three: decoded_bitmap = /*   3   */ {8'h3c, 8'h42, 8'h2, 8'h6, 8'h3c, 8'h6, 8'h42, 8'h3c};
      four: decoded_bitmap = /*   4   */ {8'h4, 8'hc, 8'h14, 8'h24, 8'h44, 8'h7e, 8'h4, 8'h4};
      five: decoded_bitmap = /*   5   */ {8'h7e, 8'h40, 8'h40, 8'h7c, 8'h2, 8'h2, 8'h2, 8'h7c};
      six: decoded_bitmap = /*   6   */ {8'h3c, 8'h42, 8'h40, 8'h5c, 8'h62, 8'h42, 8'h42, 8'h3c};
      seven: decoded_bitmap = /*   7   */ {8'h7e, 8'h2, 8'h2, 8'h4, 8'h8, 8'h10, 8'h20, 8'h40};
      eight: decoded_bitmap = /*   8   */ {8'h3c, 8'h42, 8'h42, 8'h42, 8'h3c, 8'h42, 8'h42, 8'h3c};
      nine: decoded_bitmap = /*   9   */ {8'h3c, 8'h42, 8'h42, 8'h46, 8'h3a, 8'h2, 8'h42, 8'h3c};
      default: decoded_bitmap = /* Square */ {8'h0, 8'h7e, 8'h42, 8'h42, 8'h42, 8'h42, 8'h7e, 8'h0};
    endcase
endmodule